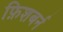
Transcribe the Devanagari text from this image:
फ़िशबर्न